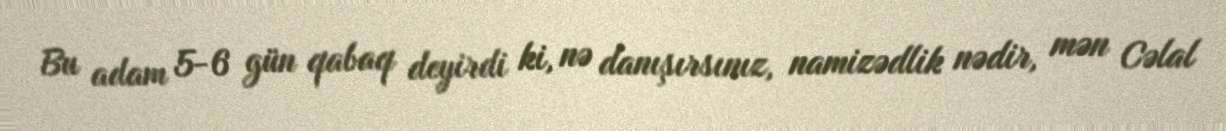
Bu adam 5-6 gün qabaq deyirdi ki, nə danışırsınız, namizədlik nədir, mən Cəlal